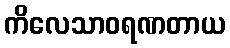
ကိလေသာဝရဏတာယ